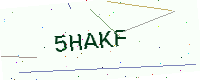
Text: 5HAKF